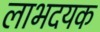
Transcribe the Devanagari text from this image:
लाभदयक